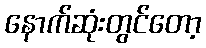
နောက်ဆုံးတွင်တော့